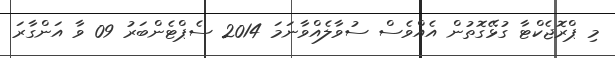
މި ޕްރޮޖެކްޓާ ގުޅޭގޮތުން އެއްވެސް ސުވާލެއްވާނަމަ 2014 ސެޕްޓެންބަރު 09 ވާ އަންގާރަ